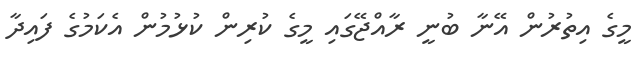
މީގެ އިތުރުން އޭނާ ބުނީ ރާއްޖޭގައި މީގެ ކުރިން ކުޅުމުން އެކަމުގެ ފައިދާ